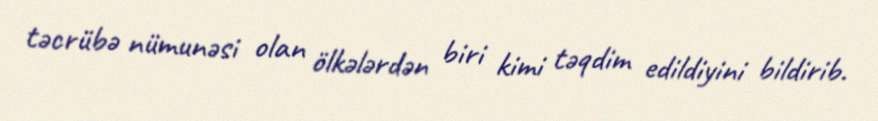
təcrübə nümunəsi olan ölkələrdən biri kimi təqdim edildiyini bildirib.